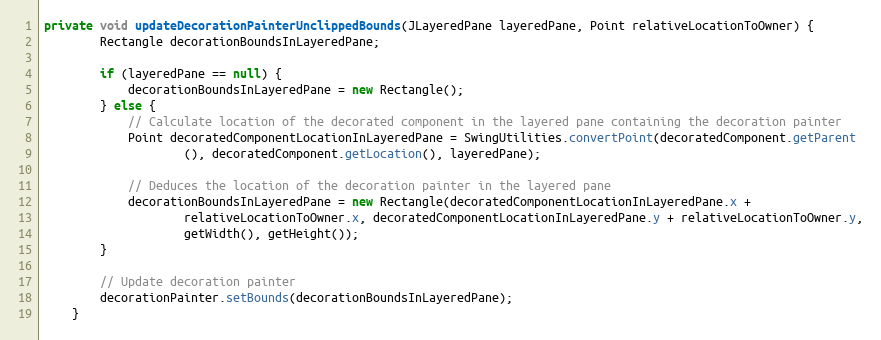
Language: Java
private void updateDecorationPainterUnclippedBounds(JLayeredPane layeredPane, Point relativeLocationToOwner) {
        Rectangle decorationBoundsInLayeredPane;

        if (layeredPane == null) {
            decorationBoundsInLayeredPane = new Rectangle();
        } else {
            // Calculate location of the decorated component in the layered pane containing the decoration painter
            Point decoratedComponentLocationInLayeredPane = SwingUtilities.convertPoint(decoratedComponent.getParent
                    (), decoratedComponent.getLocation(), layeredPane);

            // Deduces the location of the decoration painter in the layered pane
            decorationBoundsInLayeredPane = new Rectangle(decoratedComponentLocationInLayeredPane.x +
                    relativeLocationToOwner.x, decoratedComponentLocationInLayeredPane.y + relativeLocationToOwner.y,
                    getWidth(), getHeight());
        }

        // Update decoration painter
        decorationPainter.setBounds(decorationBoundsInLayeredPane);
    }